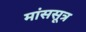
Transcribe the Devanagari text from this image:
मांससूत्र